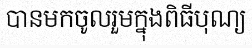
បានមកចូលរួមក្នុងពិធីបុណ្យ